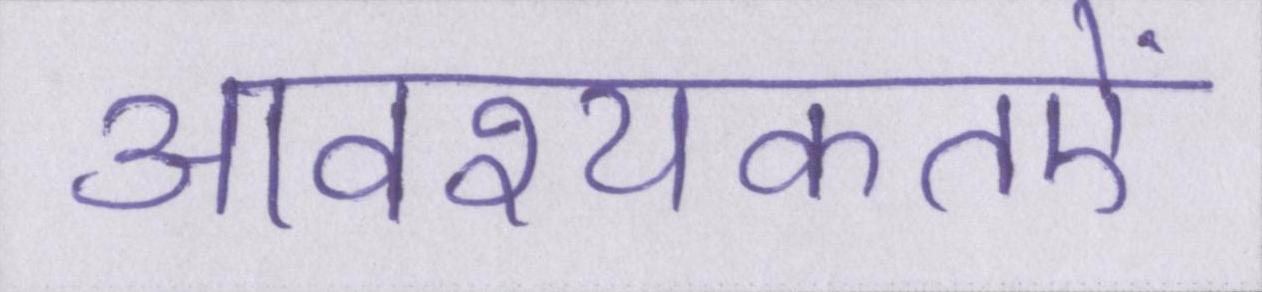
आवश्यकतऐं